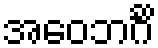
အဝေဘင်္ဂိ